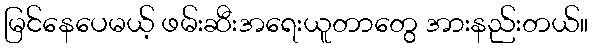
မြင်နေပေမယ့် ဖမ်းဆီးအရေးယူတာတွေ အားနည်းတယ်။